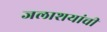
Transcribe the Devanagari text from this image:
जलाशयांची